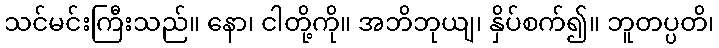
သင်မင်းကြီးသည်။ နော၊ ငါတို့ကို။ အဘိဘုယျ၊ နှိပ်စက်၍။ ဘူတပ္ပတိ၊